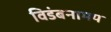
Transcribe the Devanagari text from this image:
विडंबनामय